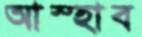
আস্হাব